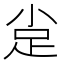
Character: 𲃕